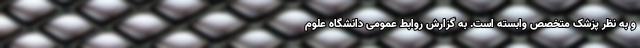
و به نظر پزشک متخصص وابسته است. به گزارش روابط عمومی دانشگاه علوم